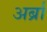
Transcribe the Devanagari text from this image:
अर्ब्रा